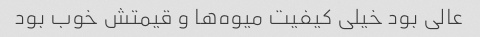
عالی بود خیلی کیفیت میوه‌ها و قیمتش خوب بود